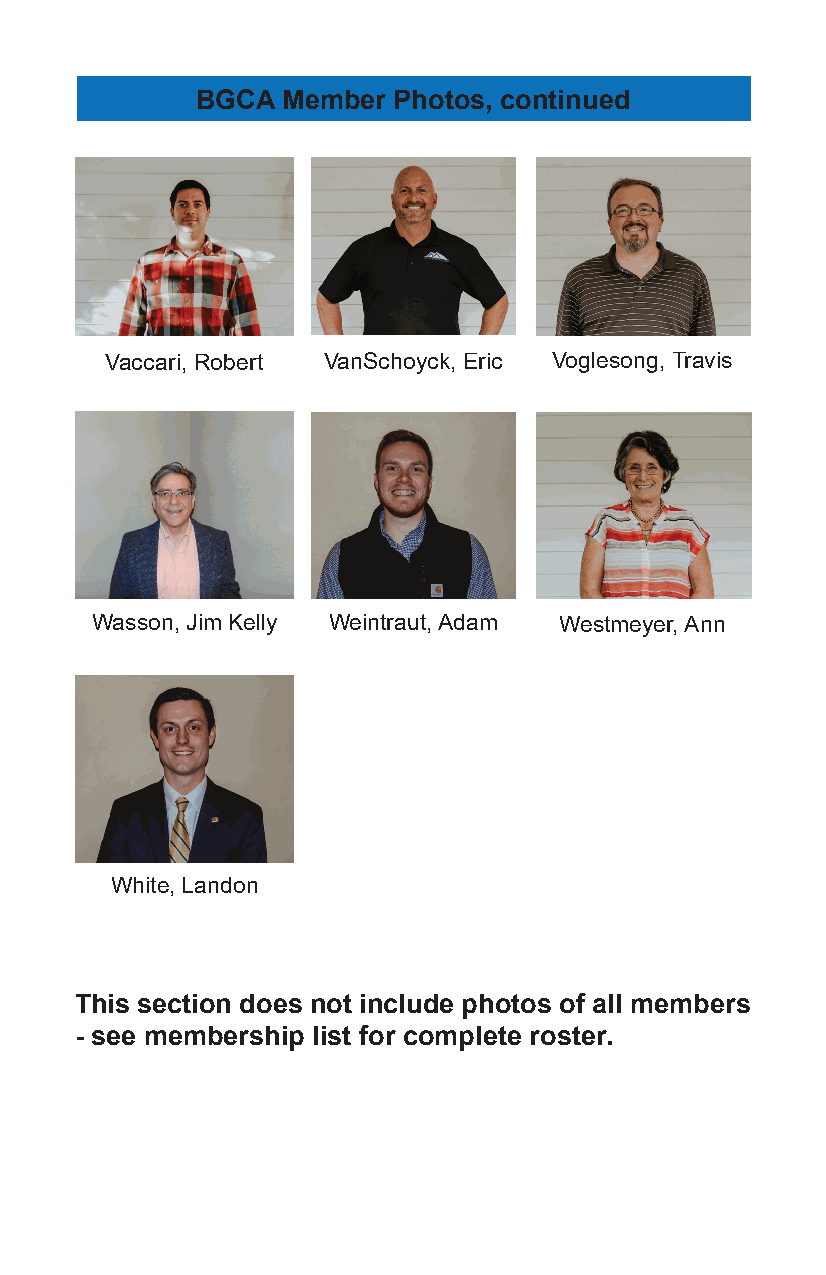
BGCA  Member Photos, continued
 Vaccari, Robert VanSchoyck, Eric Voglesong, Travis
 Wasson, Jim Kelly Weintraut, Adam Westmeyer, Ann
 White, Landon
 This section does not include photos of all members
 - see membership list for complete roster.